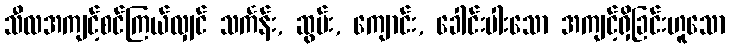
သီလအကျင့်စင်ကြယ်လျှင် သင်္ကန်း, ဆွမ်း, ကျောင်း, ခေါင်းပါးသော အကျင့်ရှိခြင်းဟူသော